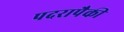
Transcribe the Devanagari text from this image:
पदरापैकी